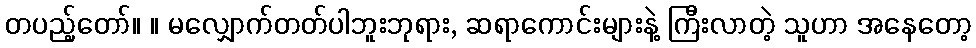
တပည့်တော်။ ။ မလျှောက်တတ်ပါဘူးဘုရား, ဆရာကောင်းများနဲ့ ကြီးလာတဲ့ သူဟာ အနေတော့